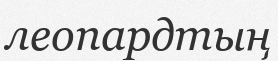
леопардтың